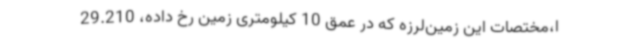
ا،مختصات این زمین‌لرزه که در عمق 10 کیلومتری زمین رخ داده، 29.210